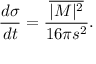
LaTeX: \frac { d \sigma } { d t } = \frac { \overline { { { | { \cal M } | ^ { 2 } } } } } { 1 6 \pi s ^ { 2 } } .